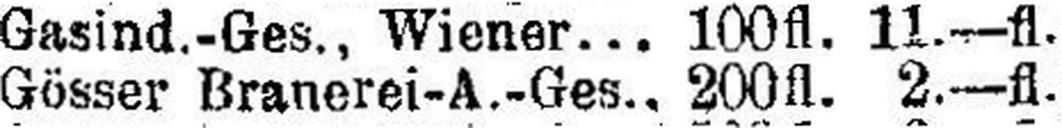
Gösser Brauerei-A.-Ges., 200fl. 2.—fl.